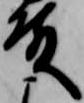
殿